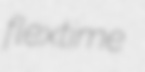
flextime